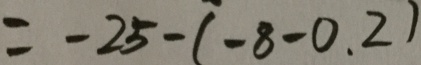
= - 2 5 - ( - 8 - 0 . 2 )